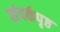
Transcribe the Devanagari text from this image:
संपर्कपृष्ठ